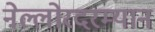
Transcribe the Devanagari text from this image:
नेल्लोरदरम्यान